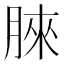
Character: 𣍿